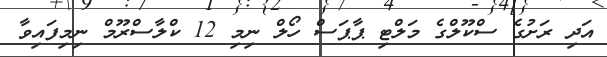
އަދި ރަށުގެ ސްކޫލްގެ މަލްޓި ޕާޕަސް ހޯލް ނިމި 12 ކްލާސްރޫމް ނިމިފައިވާ